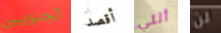
الجنوبيين أقصد ألتي لن